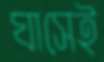
ঘাসেই